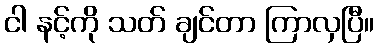
ငါ နင့်ကို သတ် ချင်တာ ကြာလှပြီ။